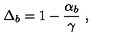
\Delta _ { b } = 1 - \frac { \alpha _ { b } } { \gamma } \ ,